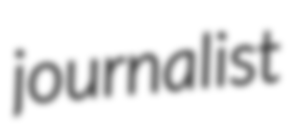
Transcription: journalist